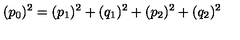
( p _ { 0 } ) ^ { 2 } = ( p _ { 1 } ) ^ { 2 } + ( q _ { 1 } ) ^ { 2 } + ( p _ { 2 } ) ^ { 2 } + ( q _ { 2 } ) ^ { 2 }